Document type: Inventory
Year: 1295
Scribe: Pere Marc
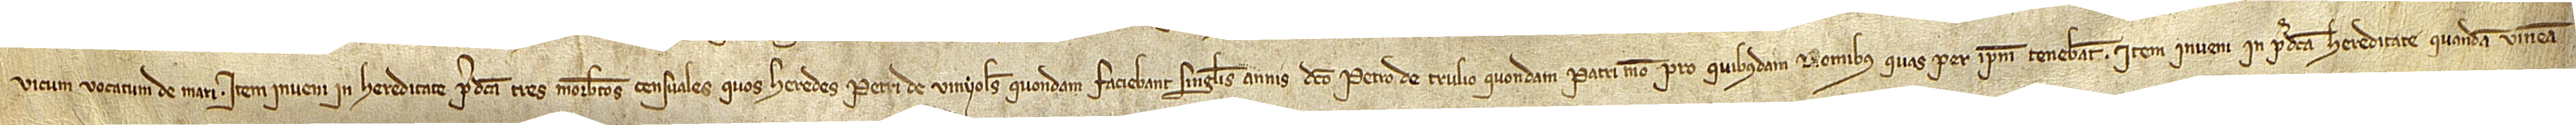
vicum vocatum de Mari. Item, inveni in hereditate predicta tres morabetinos censuales quos heredes Petri de Vinyoles, quondam, faciebant singulis annis dicto Petro de Trulio, quondam, patri meo, pro quibusdam domibus quas per ipsum tenebant. Item, inveni in predicta hereditate quandam vineam